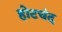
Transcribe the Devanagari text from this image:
होटचंद